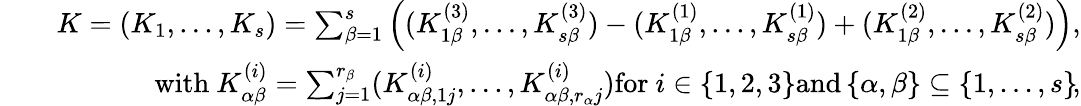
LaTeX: \begin{array}{rlr}&{}&{K=(K_{1},...,K_{s})=\sum_{\beta=1}^{s}\left((K_{1\beta}^{(3)},...,K_{s\beta}^{(3)})-(K_{1\beta}^{(1)},...,K_{s\beta}^{(1)})+(K_{1\beta}^{(2)},...,K_{s\beta}^{(2)})\right)\mathrm{,}}\\ &{}&{\mathrm{with~}K_{\alpha\beta}^{(i)}=\sum_{j=1}^{r_{\beta}}(K_{\alpha\beta,1j}^{(i)},...,K_{\alpha\beta,r_{\alpha}j}^{(i)})\mathrm{for~}i\in\left\{ 1,2,3\right\} \mathrm{and}\left\{ \alpha,\beta\right\} \subseteq\left\{ 1,...,s\right\} \! \mathrm{,}}\end{array}